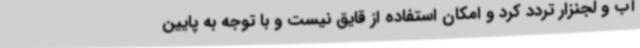
آب و لجنزار تردد کرد و امکان استفاده از قایق نیست و با توجه به پایین